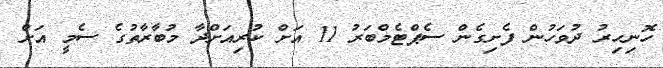
ހޮނިހިރު ދުވަހުން ފެށިގެން ސެޕްޓެމްބަރު 11 އަށް ކުރިއަށްދާ މުބާރާތުގެ ސެމީ އަށް